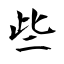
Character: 些